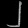
Digit: ၂